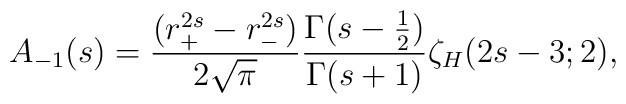
A_{-1}(s)={(r_{+}^{2s}-r_{-}^{2s})\over 2\sqrt{\pi}}{\Gamma(s-{1\over 2})\over \Gamma(s+1)}\zeta_{H}(2s-3;2) ,